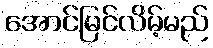
အောင်မြင်လိမ့်မည်